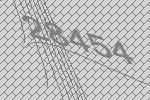
28454